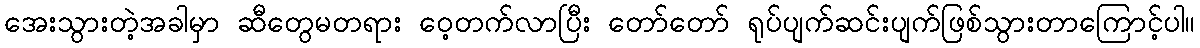
အေးသွားတဲ့အခါမှာ ဆီတွေမတရား ဝေ့တက်လာပြီး တော်တော် ရုပ်ပျက်ဆင်းပျက်ဖြစ်သွားတာကြောင့်ပါ။